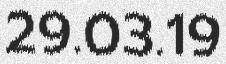
29.03.19